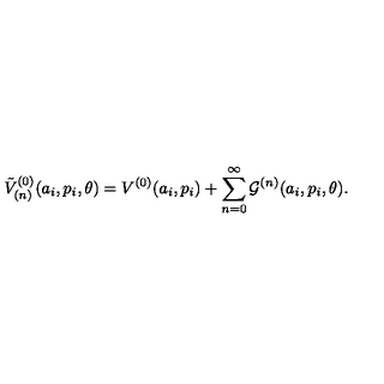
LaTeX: { \tilde { V } } _ { ( n ) } ^ { ( 0 ) } ( a _ { i } , p _ { i } , \theta ) = V ^ { ( 0 ) } ( a _ { i } , p _ { i } ) + \sum _ { n = 0 } ^ { \infty } { \cal G } ^ { ( n ) } ( a _ { i } , p _ { i } , \theta ) .